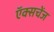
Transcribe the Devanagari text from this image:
ऍक्सचेंज